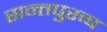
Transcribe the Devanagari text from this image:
सन्तपुरुष